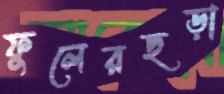
ফুলেরছড়া